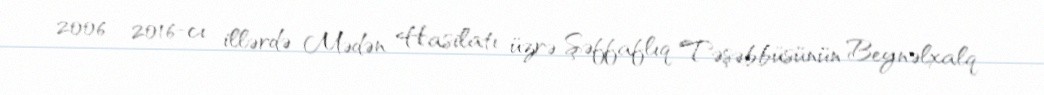
2006 - 2016-cı illərdə Mədən Hasilatı üzrə Şəffaflıq Təşəbbüsünün Beynəlxalq